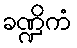
ခဏ္ဍိကံ